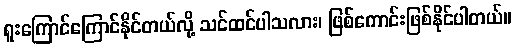
ရူးကြောင်ကြောင်နိုင်တယ်လို့ သင်ထင်ပါသလား၊ ဖြစ်ကောင်းဖြစ်နိုင်ပါတယ်။